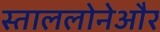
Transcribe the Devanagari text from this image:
स्ताललोनेऔर